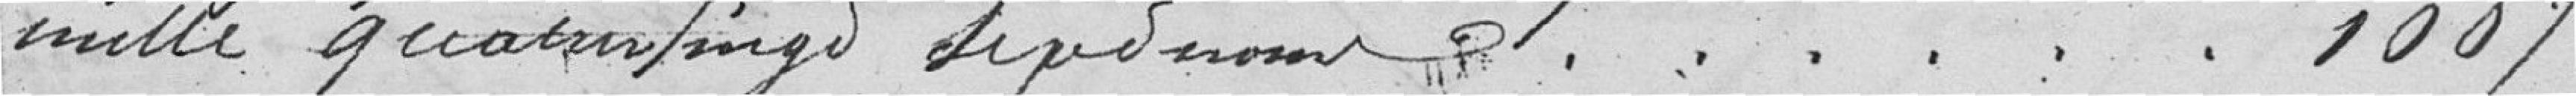
mille quatre vingt sept noms 1087